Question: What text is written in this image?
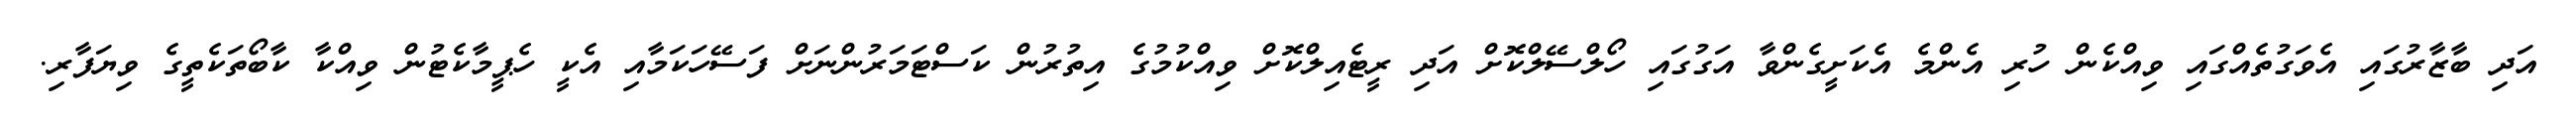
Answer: އަދި ބާޒާރުގައި އެވަގުތެއްގައި ވިއްކެން ހުރި އެންމެ އެކަށީގެންވާ އަގުގައި ހޯލްސޭލްކޮށް އަދި ރީޓެއިލްކޮށް ވިއްކުމުގެ އިތުރުން ކަސްޓަމަރުންނަށް ފަސޭހަކަމާއި އެކީ ހެޕީމާކެޓުން ވިއްކާ ކާބޯތަކެތީގެ ވިޔަފާރި.